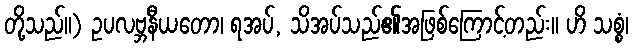
တို့သည်။) ဥပလဗ္ဘနီယတော၊ ရအပ်, သိအပ်သည်၏အဖြစ်ကြောင့်တည်း။ ဟိ သစ္စံ၊